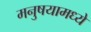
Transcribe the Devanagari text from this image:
मनुषयामध्ये